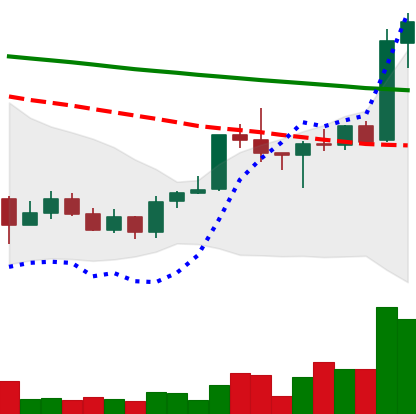
Ticker: ADA-USD
Chart end date: 2020-01-15
Forward return: 3.102%
Label: up_3_5